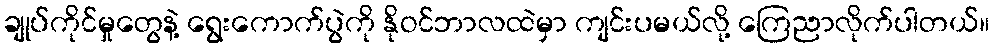
ချုပ်ကိုင်မှုတွေနဲ့ ရွေးကောက်ပွဲကို နိုဝင်ဘာလထဲမှာ ကျင်းပမယ်လို့ ကြေညာလိုက်ပါတယ်။